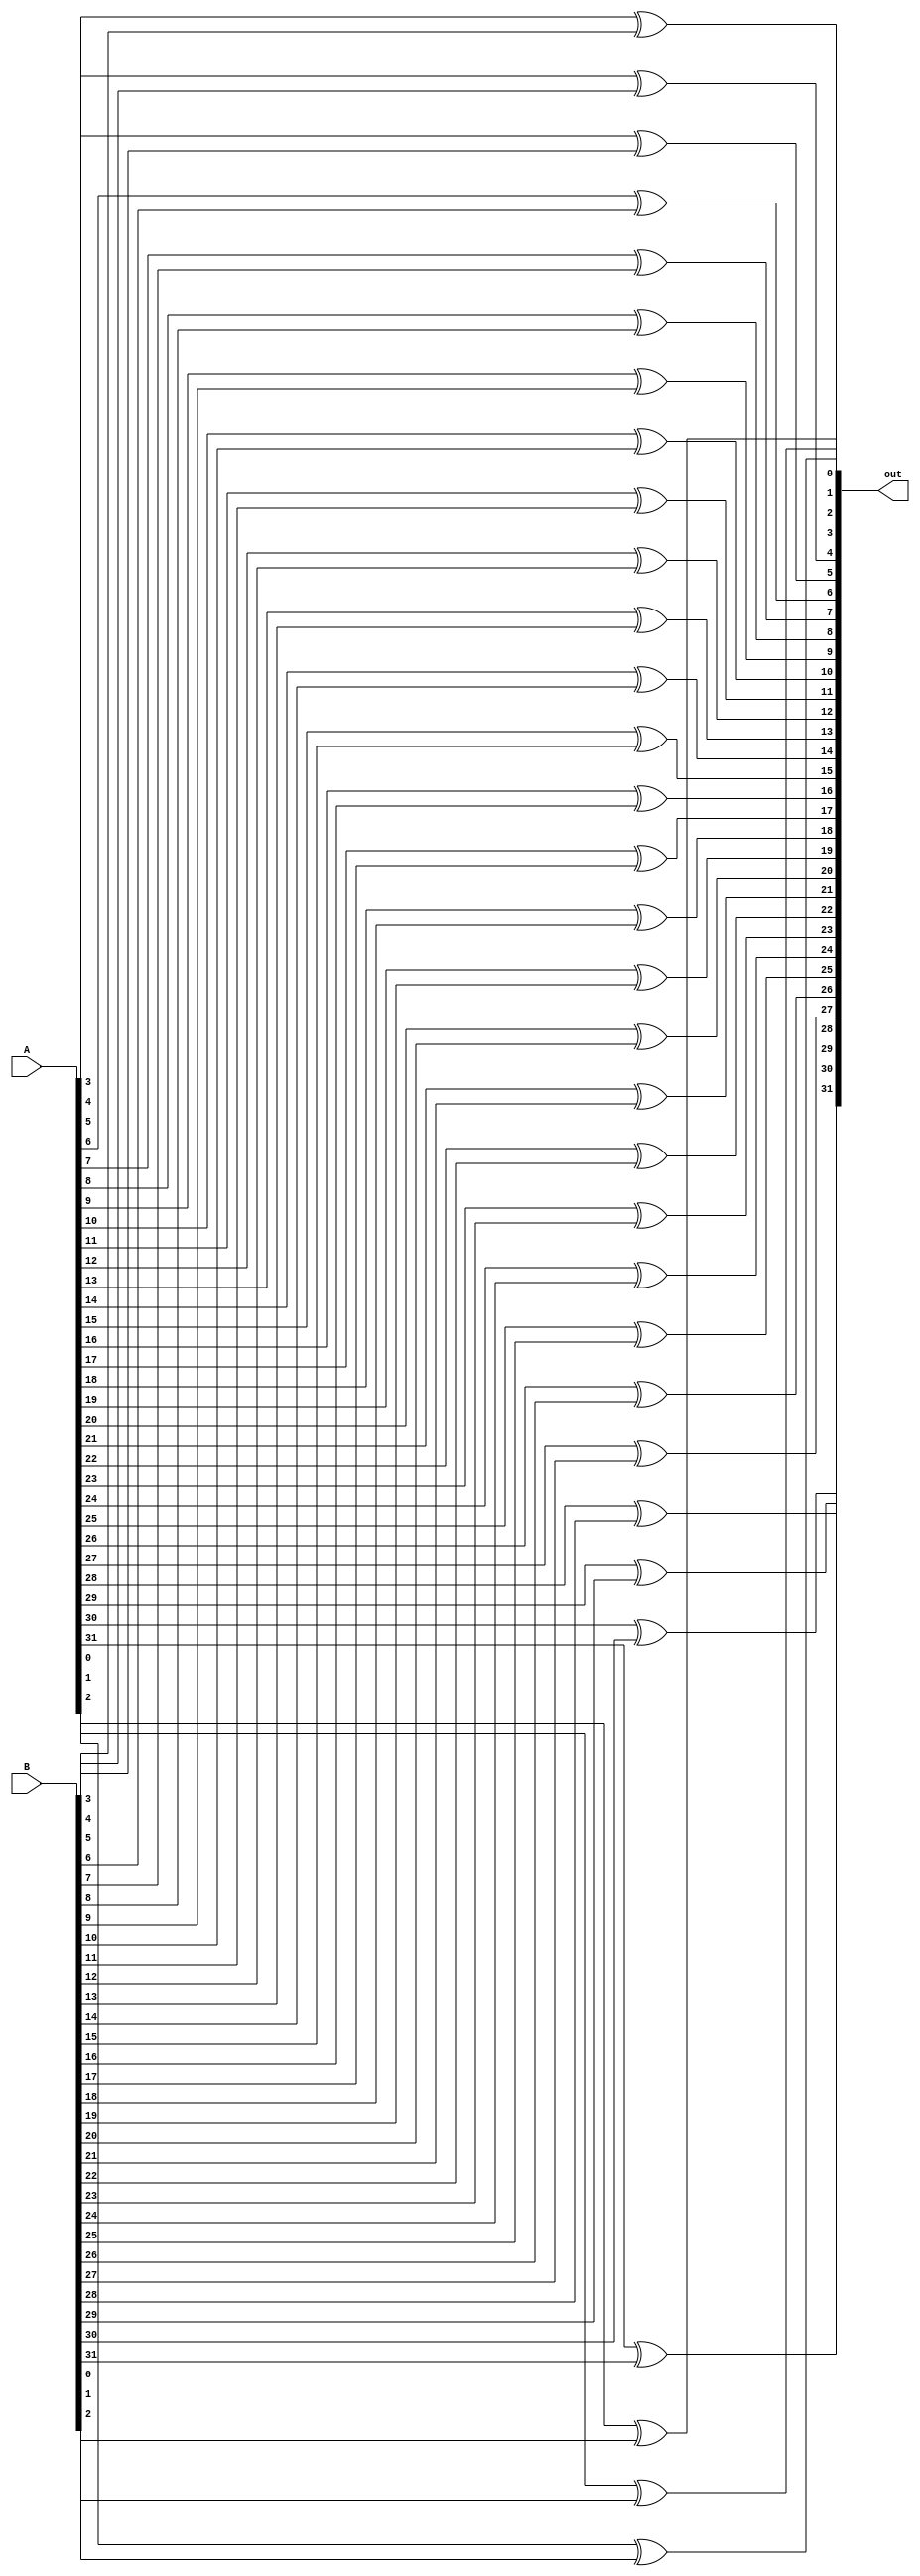
module XOR_32bit(out , A ,B);

// I/O port declaration
output [31:0] out;
input [31:0] A,B;

xor c0(out[0],A[0],B[0]);
xor c1(out[1],A[1],B[1]);
xor c2(out[2],A[2],B[2]);
xor c3(out[3],A[3],B[3]);
xor c4(out[4],A[4],B[4]);
xor c5(out[5],A[5],B[5]);
xor c6(out[6],A[6],B[6]);
xor c7(out[7],A[7],B[7]);
xor c8(out[8],A[8],B[8]);
xor c9(out[9],A[9],B[9]);
xor c10(out[10],A[10],B[10]);
xor c11(out[11],A[11],B[11]);
xor c12(out[12],A[12],B[12]);
xor c13(out[13],A[13],B[13]);
xor c14(out[14],A[14],B[14]);
xor c15(out[15],A[15],B[15]);
xor c16(out[16],A[16],B[16]);
xor c17(out[17],A[17],B[17]);
xor c18(out[18],A[18],B[18]);
xor c19(out[19],A[19],B[19]);
xor c20(out[20],A[20],B[20]);
xor c21(out[21],A[21],B[21]);
xor c22(out[22],A[22],B[22]);
xor c23(out[23],A[23],B[23]);
xor c24(out[24],A[24],B[24]);
xor c25(out[25],A[25],B[25]);
xor c26(out[26],A[26],B[26]);
xor c27(out[27],A[27],B[27]);
xor c28(out[28],A[28],B[28]);
xor c29(out[29],A[29],B[29]);
xor c30(out[30],A[30],B[30]);
xor c31(out[31],A[31],B[31]);

endmodule